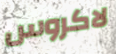
لاكروس